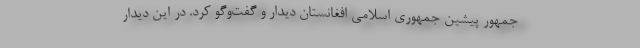
جمهور پیشین جمهوری اسلامی افغانستان دیدار و گفت‌وگو کرد. در این دیدار